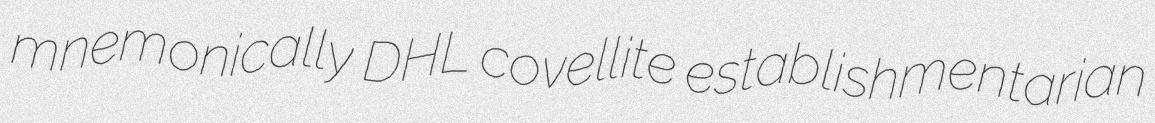
mnemonically DHL covellite establishmentarian